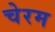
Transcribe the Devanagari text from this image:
चेरम